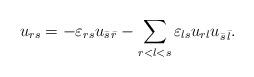
LaTeX: \begin{align*}u_{rs}=-\varepsilon_{rs} u_{\bar s\, \bar r}-\sum_{r<l<s}\varepsilon_{ls} u_{rl}u_{\bar s\, \bar l}.\end{align*}